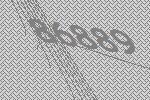
86889